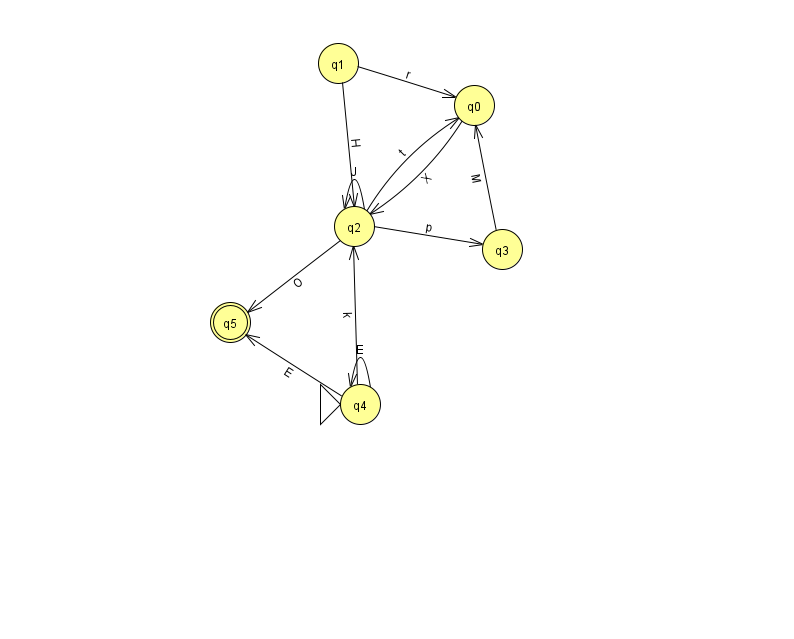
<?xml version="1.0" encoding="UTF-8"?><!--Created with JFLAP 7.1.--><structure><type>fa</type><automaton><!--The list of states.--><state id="0" name="q0"><x>474.0</x><y>92.0</y></state><state id="1" name="q1"><x>338.0</x><y>50.0</y></state><state id="2" name="q2"><x>354.0</x><y>213.0</y></state><state id="3" name="q3"><x>502.0</x><y>236.0</y></state><state id="4" name="q4"><x>360.0</x><y>391.0</y><initial/></state><state id="5" name="q5"><x>230.0</x><y>309.0</y><final/></state><!--The list of transitions.--><transition><from>2</from><to>3</to><read>p</read></transition><transition><from>1</from><to>0</to><read>r</read></transition><transition><from>4</from><to>5</to><read>E</read></transition><transition><from>2</from><to>0</to><read>t</read></transition><transition><from>2</from><to>5</to><read>O</read></transition><transition><from>4</from><to>4</to><read>E</read></transition><transition><from>4</from><to>2</to><read>k</read></transition><transition><from>0</from><to>2</to><read>X</read></transition><transition><from>1</from><to>2</to><read>H</read></transition><transition><from>2</from><to>2</to><read>J</read></transition><transition><from>3</from><to>0</to><read>M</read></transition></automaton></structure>